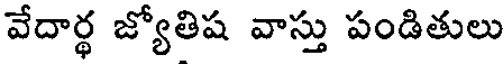
వేదార్థ జ్యోతిష వాస్తు పండితులు